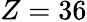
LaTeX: Z=36